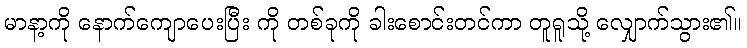
မာနာ့ကို နောက်ကျောပေးပြီး ကို တစ်ခုကို ခါးစောင်းတင်ကာ တူရူသို့ လျှောက်သွား၏။